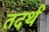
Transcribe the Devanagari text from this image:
तदर्थं